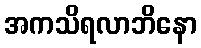
အကသိရလာဘိနော